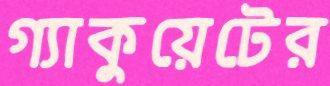
গ্যাকুয়েটের